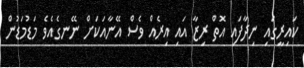
ކައިރީގައި ނިދާފައި އޮތް ރިޒާ އައި އިރެއް ވެސް އޭނާއަކަށް ނޭނގެއެވެ މަޑުމަޑުން